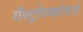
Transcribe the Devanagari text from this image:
गॅस्ट्रोस्कोपने